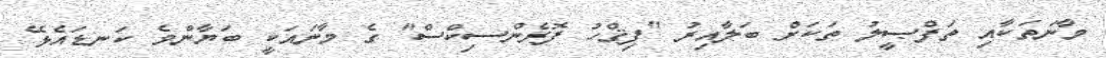
މާނަތަކާއި ތަފްޞީލު ތަކަށް ބަލާއިރު "ފިޤްހު ފޮރެންސިކްސް" ގެ މާނައަކީ ބަޔާންވެ ކަނޑައެޅޭ